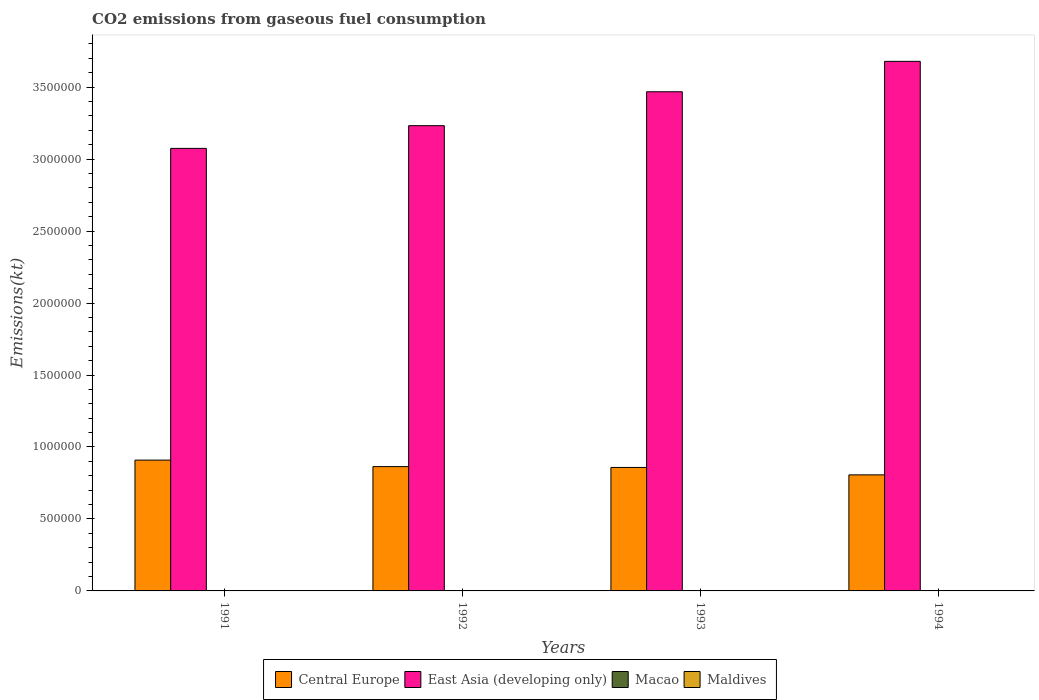
| Years | Central Europe | East Asia (developing only) | Macao | Maldives |
 | --- | --- | --- | --- | --- |
 | 1991 | 9.09e+05 | 3.07e+06 | 1.09e+03 | 172 |
 | 1992 | 8.64e+05 | 3.23e+06 | 1.09e+03 | 253 |
 | 1993 | 8.58e+05 | 3.47e+06 | 1.19e+03 | 216 |
 | 1994 | 8.06e+05 | 3.68e+06 | 1.28e+03 | 220 |